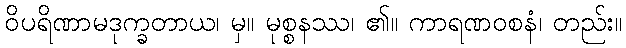
ဝိပရိဏာမဒုက္ခတာယ၊ မှ။ မုစ္စနဿ၊ ၏။ ကာရဏဝစနံ၊ တည်း။